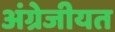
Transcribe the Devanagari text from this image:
अंग्रेजीयत